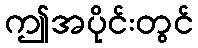
ဤအပိုင်းတွင်